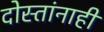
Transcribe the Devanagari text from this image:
दोस्तांनाही